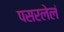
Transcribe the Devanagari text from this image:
पसरलेलं